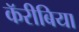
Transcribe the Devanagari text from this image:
कॅरीबिया